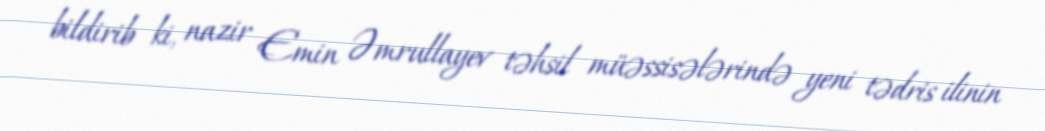
bildirib ki, nazir Emin Əmrullayev təhsil müəssisələrində yeni tədris ilinin